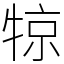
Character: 㹁